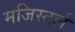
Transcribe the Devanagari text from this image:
मजिस्टर्ल